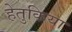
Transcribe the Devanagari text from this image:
हेतुकिया